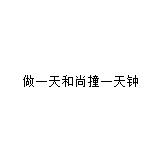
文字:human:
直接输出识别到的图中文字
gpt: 做一天和尚撞一天钟